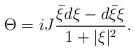
LaTeX: \begin{align*}\Theta=i J\frac{{\bar \xi}d\xi-d{\bar \xi}\xi}{1+\vert\xi\vert^2}.\end{align*}